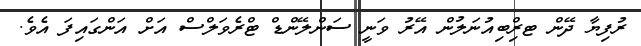
ރުފިޔާ ދޭން ޓރްިބިއުނަލުން އޭރު ވަނީ ސަންލޭންޑް ޓްރެވަލްސް އަށް އަންގައިފަ އެވެ.